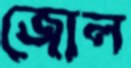
জোল